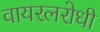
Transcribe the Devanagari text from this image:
वायरलरोधी